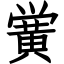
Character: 黉